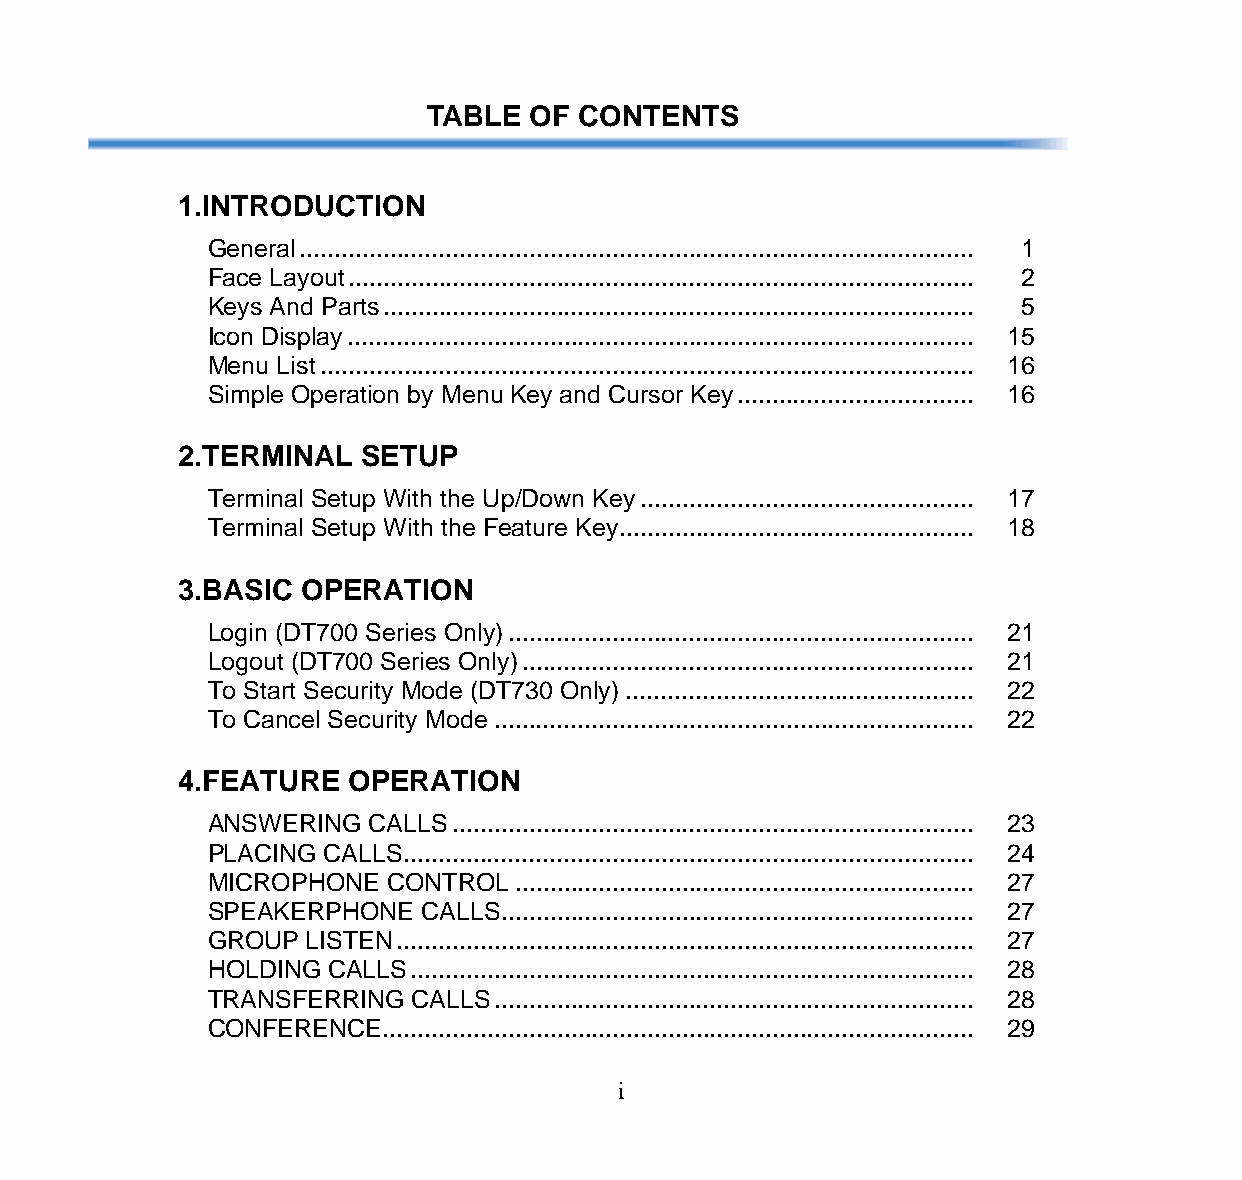
TABLE  OF CONTENTS
 1.INTRODUCTION
 General................................................................................................. 1
 Face Layout.......................................................................................... 2
 Keys And Parts..................................................................................... 5
 Icon Display.......................................................................................... 15
 Menu List.............................................................................................. 16
 Simple Operation by Menu Key and Cursor Key.................................. 16
 2.TERMINAL  SETUP
 Terminal Setup With the Up/Down Key................................................ 17
 Terminal Setup With the Feature Key................................................... 18
 3.BASIC OPERATION
 Login (DT700 Series Only)................................................................... 21
 Logout (DT700 Series Only)................................................................. 21
 To Start Security Mode (DT730 Only).................................................. 22
 To Cancel Security Mode..................................................................... 22
 4.FEATURE   OPERATION
 ANSWERING  CALLS........................................................................... 23
 PLACING CALLS.................................................................................. 24
 MICROPHONE  CONTROL.................................................................. 27
 SPEAKERPHONE  CALLS.................................................................... 27
 GROUP  LISTEN................................................................................... 27
 HOLDING CALLS................................................................................. 28
 TRANSFERRING  CALLS..................................................................... 28
 CONFERENCE..................................................................................... 29
 i